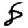
Digit: 8